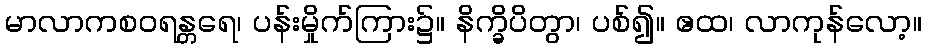
မာလာကစဝရန္တရေ၊ ပန်းမှိုက်ကြား၌။ နိက္ခိပိတွာ၊ ပစ်၍။ ဧထ၊ လာကုန်လော့။